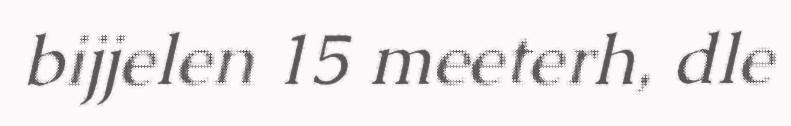
bijjelen 15 meeterh, dle